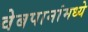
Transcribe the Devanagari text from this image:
वेबपानांमध्ये